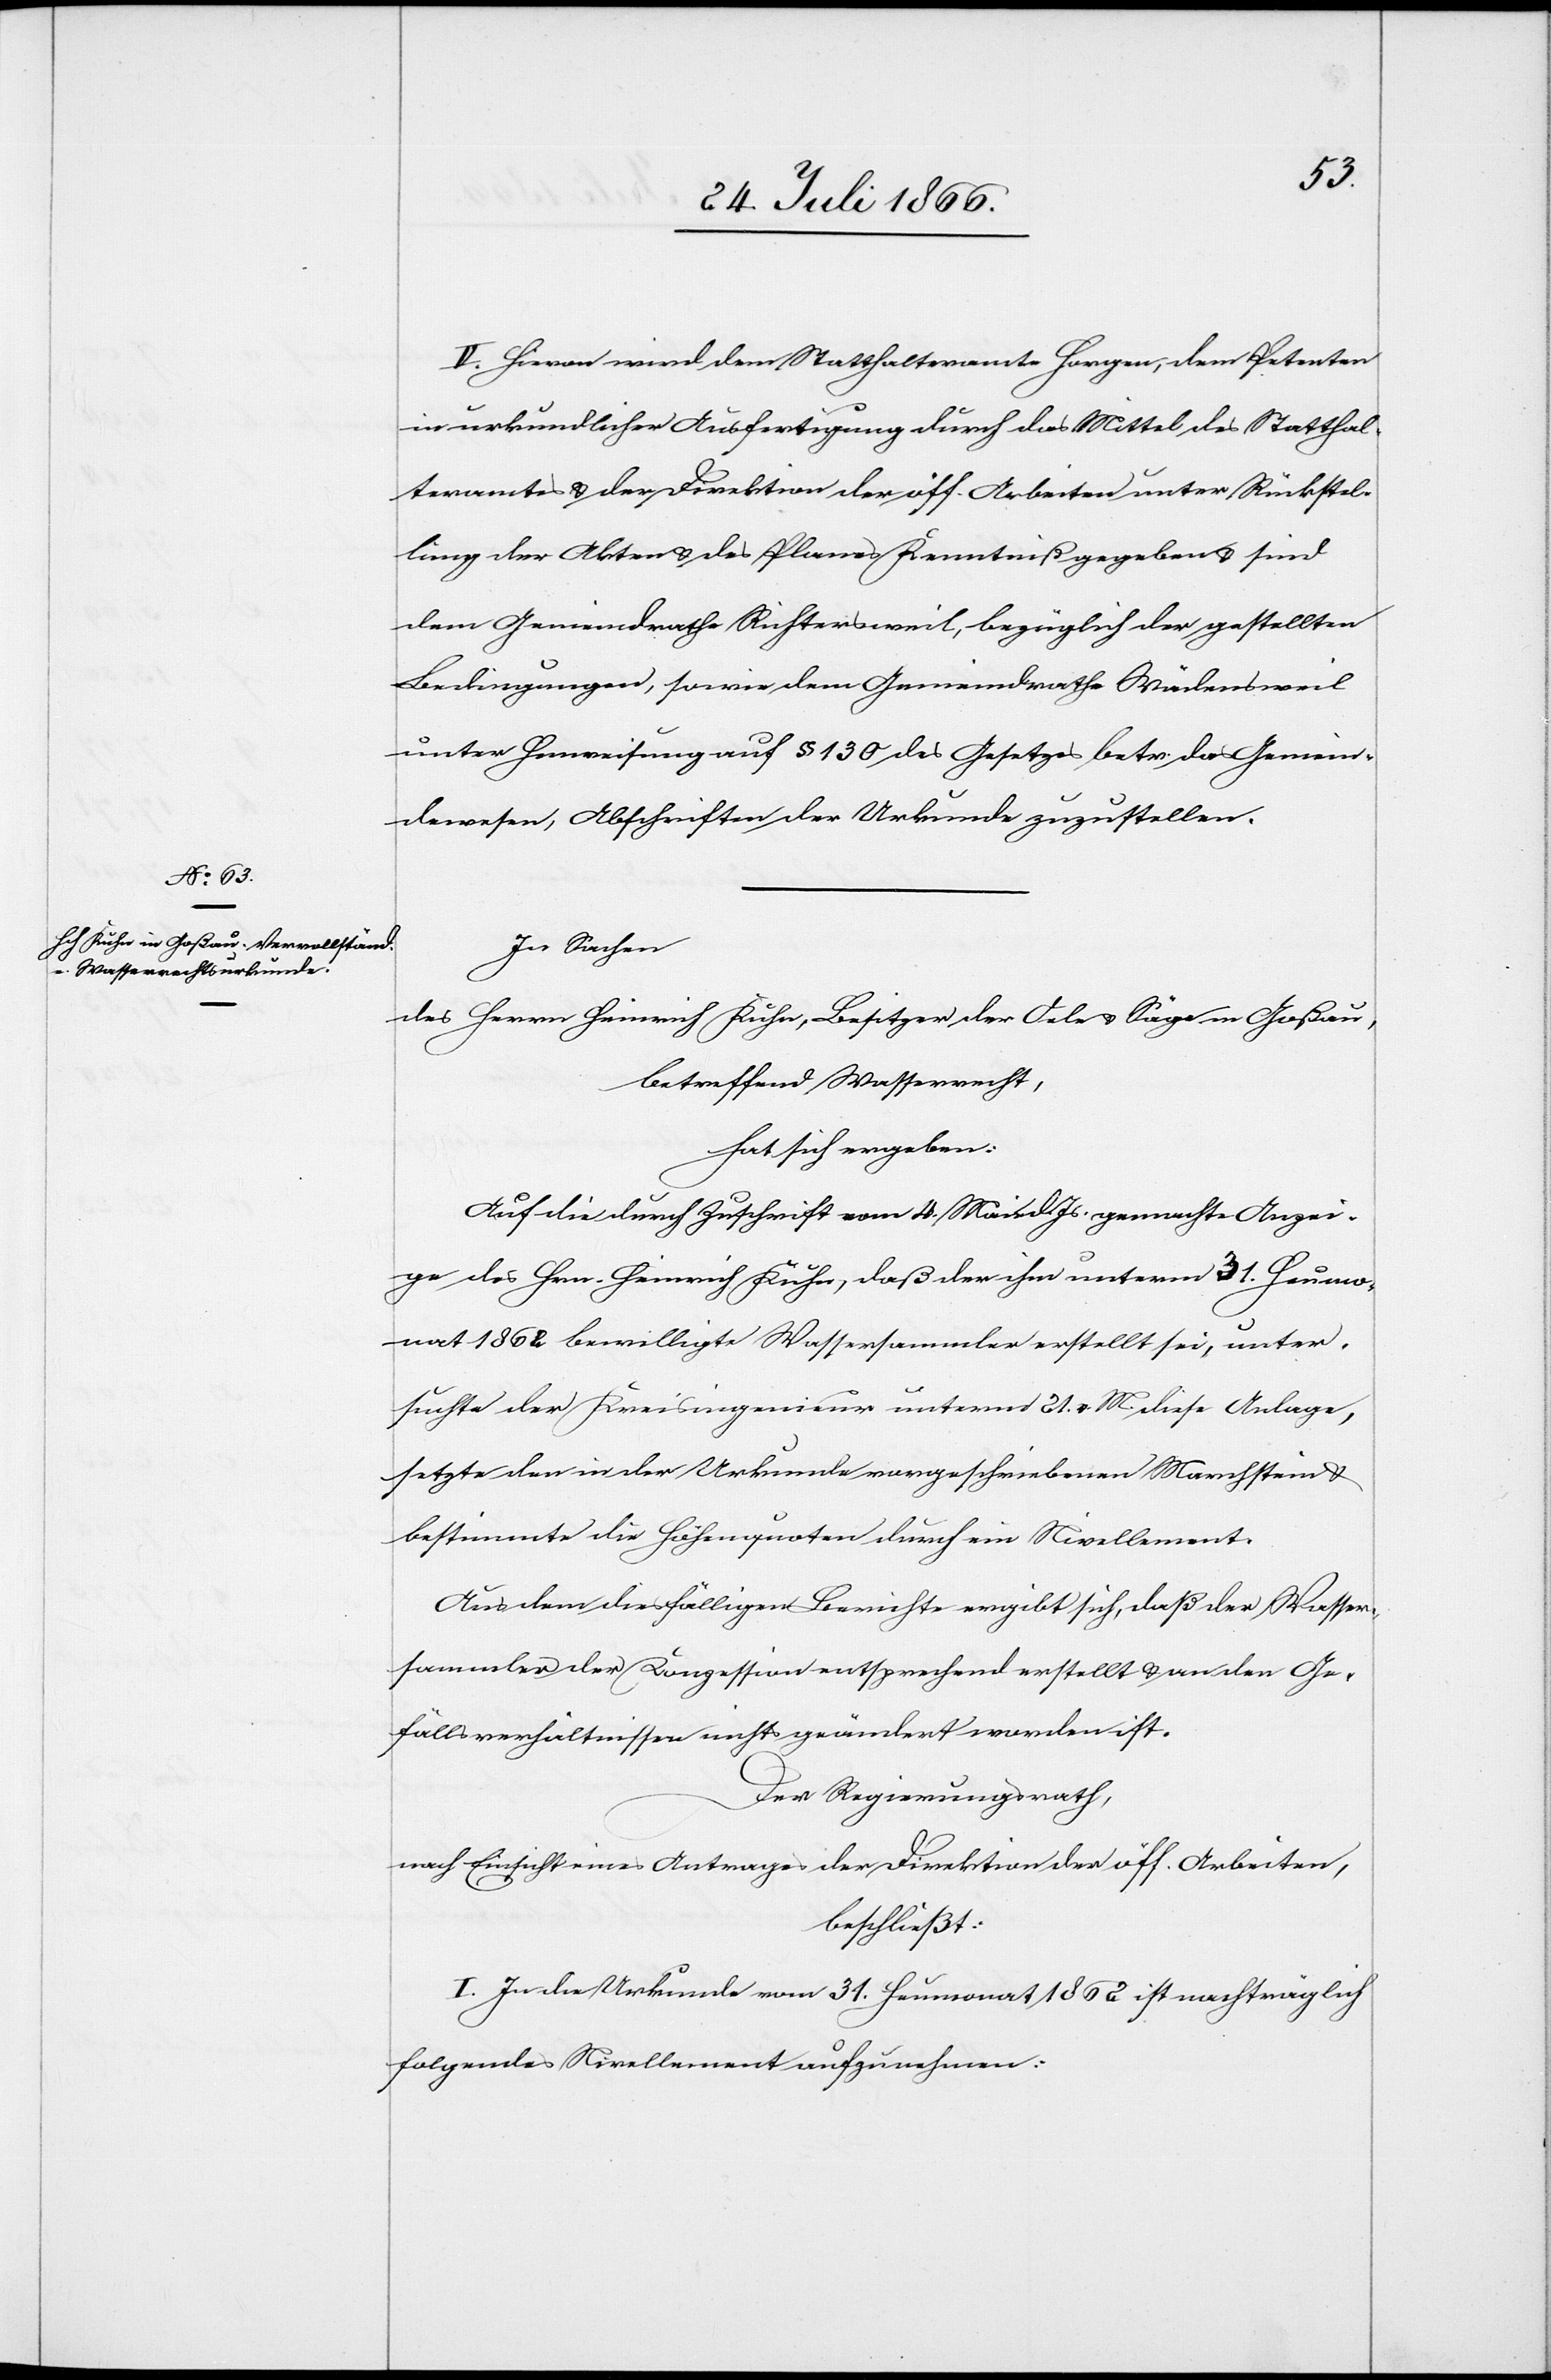
V. Hievon wird dem Statthalteramte Horgen, dem Petenten
in urkundlicher Ausfertigung durch das Mittel des Statthal¬
teramtes u. der Direktion der öff. Arbeiten unter Rückstel¬
lung der Akten u. des Planes Kenntniß gegeben u. sind
dem Gemeindrath Richtersweil, bezüglich der gestellten
Bedingungen, so wie dem Gemeindrathe Wädensweil
unter Hinweisung auf § 130 des Gesetzes betr. das Gemein¬
dewesen, Abschriften der Urkunde zuzustellen.
In Sachen
des Herrn Heinrich Kuhn, Besitzer der Oele u. Säge in Goßau,
betreffend Wasserrecht
hat sich ergeben:
Auf die durch Zuschrift vom 4. Mai d. Js. gemachte Anzei¬
ge des Hrn. Heinrich Kuhn, daß der ihm unterm 31. Heumo¬
nat 1862 bewilligte Wassersammler erstellt sei, unter¬
suchte der Kreisingenieur unterm 21. v. Mts. diese Anlage,
setzte den in der Urkunde vorgeschriebenen Marchstein u.
bestimmte die Höhenquoten durch ein Nivellement.
Aus dem diesfälligen Berichte ergibt sich, daß der Wasser¬
sammler der Konzession entsprechend erstellt u. an den Ge¬
fällsverhältnissen nichts geändert worden ist.
Der Regierungsrath,
nach Einsicht eines Antrages der Direktion der öff. Arbeiten,
beschließt:
I. In die Urkunde vom 31. Heumonat 1862 ist nachträglich
folgendes Nivellement aufzunehmen: